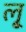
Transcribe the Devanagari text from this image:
लृ्